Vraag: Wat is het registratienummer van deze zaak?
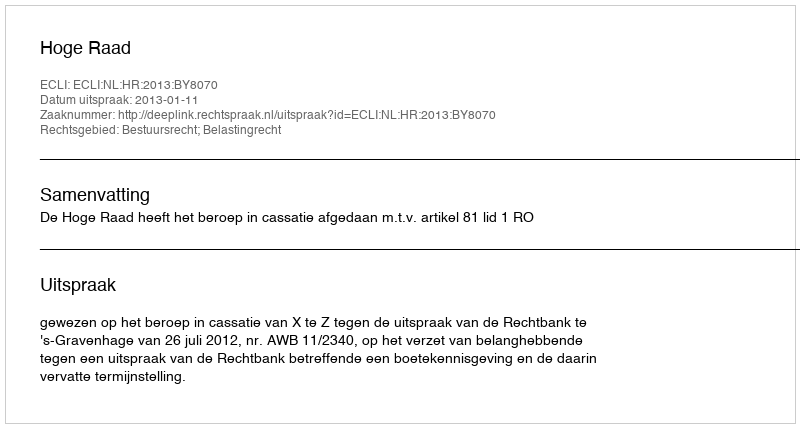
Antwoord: http://deeplink.rechtspraak.nl/uitspraak?id=ECLI:NL:HR:2013:BY8070